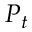
P _ { t }